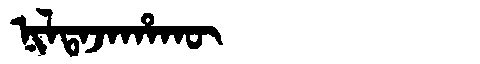
Manchu: ᠨᡳᠯᡨᠠᠵᠠᡥᠠᡴᡡ
Romanization: NILTAJAHAKŪ